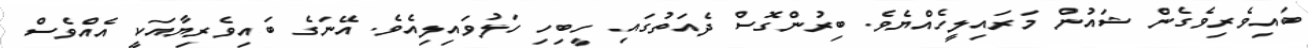
ބައިވެރިވެގެން ޝައުން މަރައިލީހެއްޔެވެ. ބިރުންގޮސް ދެއަތުގައި ހީބިހި ހަލުވައިލިއެވެ. އޭނަގެ ބައިވެރިޔާއަކީ އެއްވެސް